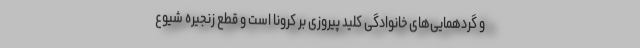
و گردهمایی‌های خانوادگی کلید پیروزی بر کرونا است و قطع زنجیره شیوع